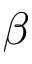
\beta